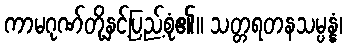
ကာမဂုဏ်တို့နှင့်ပြည့်စုံ၏။ သတ္တရတနသမ္ပန္နံ၊